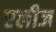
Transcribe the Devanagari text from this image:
एलीज